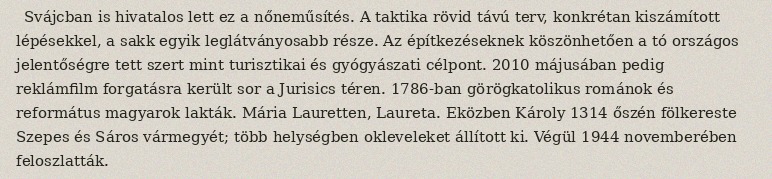
Svájcban is hivatalos lett ez a nőneműsítés. A taktika rövid távú terv, konkrétan kiszámított lépésekkel, a sakk egyik leglátványosabb része. Az építkezéseknek köszönhetően a tó országos jelentőségre tett szert mint turisztikai és gyógyászati célpont. 2010 májusában pedig reklámfilm forgatásra került sor a Jurisics téren. 1786-ban görögkatolikus románok és református magyarok lakták. Mária Lauretten, Laureta. Eközben Károly 1314 őszén fölkereste Szepes és Sáros vármegyét; több helységben okleveleket állított ki. Végül 1944 novemberében feloszlatták.